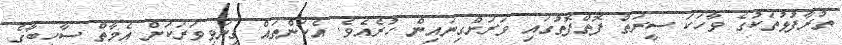
ތުރާފުޅުތަކުގެ ވާހަކަ ސީރަތު ފޮތްފޮތުގައި ވަރަށްގިނައިން ހުރެއެވެ. އެކަންތައް ގިނަވިވަރަކަށް އެމާތް ސާހިބާގެ